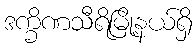
ဒက္ခိဏသီရိမြို့နယ်ရှိ